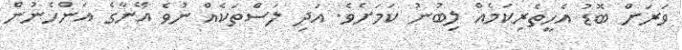
ވަރަށް ބޮޑު އެހީތެރިކަމެއް ލިބުނު ކަމަށެވެ. އަދި ލަސްތަކެއް ނުވެ އޭނާގެ އަންހެނުން